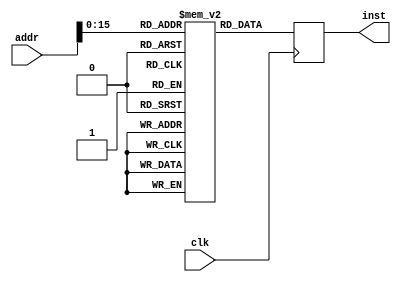
module inst_mem (
    clk, addr, inst
);

// input: clk, addr
// output: inst
// @posedge clk: return the inst[31:0] at addr

input clk;
input [31:0] addr;
output reg[31:0] inst;

reg [31:0] instructions [65535:0];

always@(posedge clk)
begin
    inst = instructions[addr];
end
    
endmodule